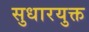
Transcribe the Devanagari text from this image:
सुधारयुक्त